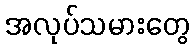
အလုပ်သမားတွေ